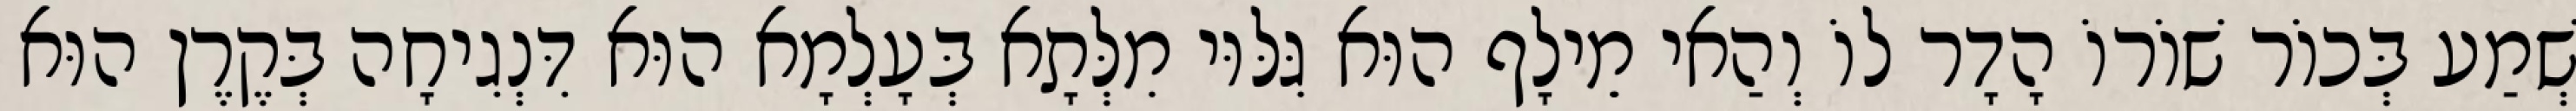
שְׁמַע בְּכוֹר שׁוֹרוֹ הָדָר לוֹ וְהַאי מֵילָף הוּא גִּלּוּי מִלְּתָא בְּעָלְמָא הוּא דִּנְגִיחָה בְּקֶרֶן הוּא